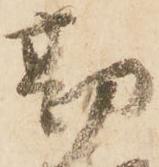
勘